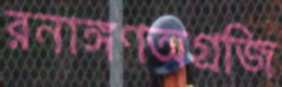
রনাঙ্গণঅগ্রজি